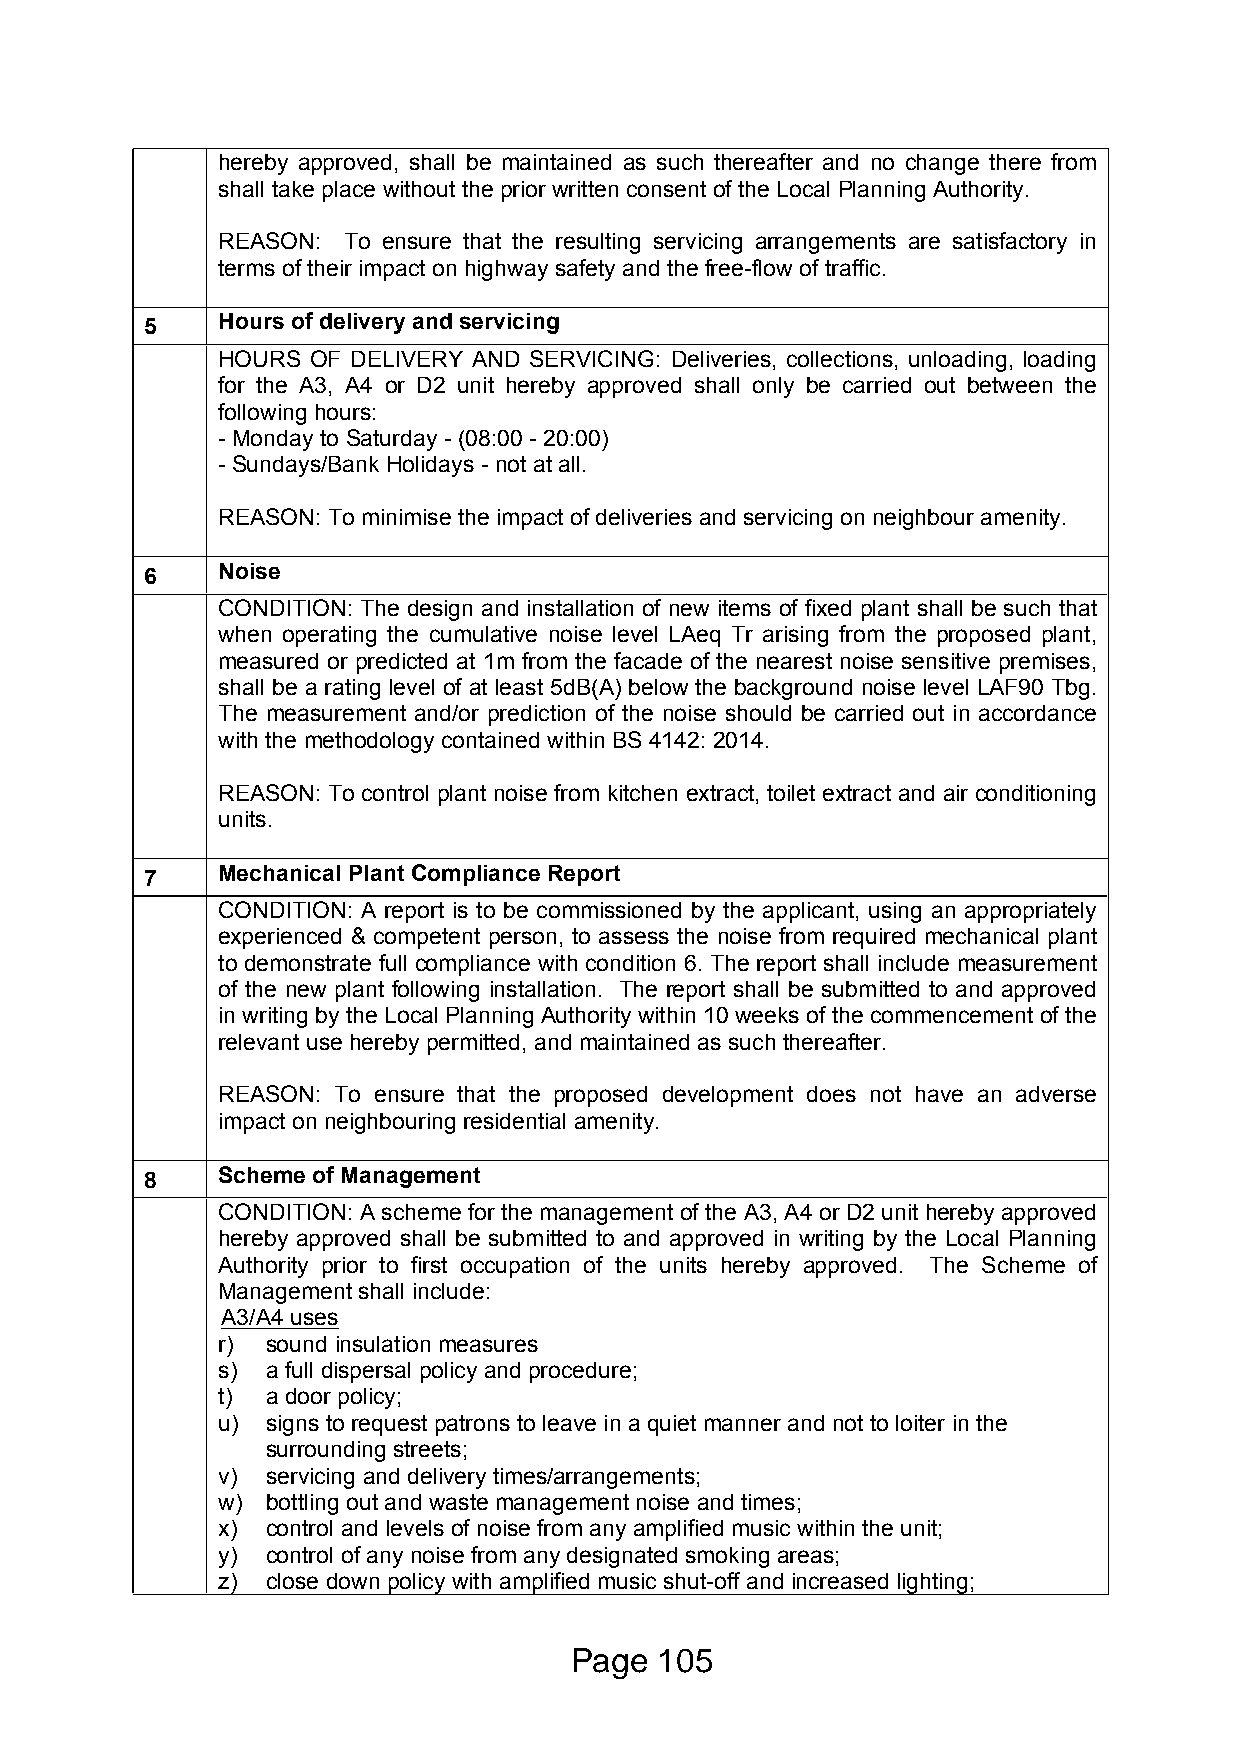
hereby approved, shall be maintained as such thereafter and no change there from
 shall take place without the prior written consent of the Local Planning Authority.
 REASON:  To ensure that the resulting servicing arrangements are satisfactory in
 terms of their impact on highway safety and the free-flow of traffic.
 5   Hours of delivery and servicing
 HOURS OF DELIVERY AND SERVICING: Deliveries, collections, unloading, loading
 for the A3, A4 or D2 unit hereby approved shall only be carried out between the
 following hours:
 - Monday to Saturday - (08:00 - 20:00)
 - Sundays/Bank Holidays - not at all.
 REASON: To minimise the impact of deliveries and servicing on neighbour amenity.
 6   Noise
 CONDITION: The design and installation of new items of fixed plant shall be such that
 when operating the cumulative noise level LAeq Tr arising from the proposed plant,
 measured or predicted at 1m from the facade of the nearest noise sensitive premises,
 shall be a rating level of at least 5dB(A) below the background noise level LAF90 Tbg.
 The measurement and/or prediction of the noise should be carried out in accordance
 with the methodology contained within BS 4142: 2014.
 REASON: To control plant noise from kitchen extract, toilet extract and air conditioning
 units.
 7   Mechanical Plant Compliance Report
 CONDITION: A report is to be commissioned by the applicant, using an appropriately
 experienced & competent person, to assess the noise from required mechanical plant
 to demonstrate full compliance with condition 6. The report shall include measurement
 of the new plant following installation. The report shall be submitted to and approved
 in writing by the Local Planning Authority within 10 weeks of the commencement of the
 relevant use hereby permitted, and maintained as such thereafter.
 REASON: To ensure that the proposed development does not have an adverse
 impact on neighbouring residential amenity.
 8   Scheme of Management
 CONDITION: A scheme for the management of the A3, A4 or D2 unit hereby approved
 hereby approved shall be submitted to and approved in writing by the Local Planning
 Authority prior to first occupation of the units hereby approved. The Scheme of
 Management shall include:
 A3/A4 uses
 r)  sound insulation measures
 s)  a full dispersal policy and procedure;
 t)  a door policy;
 u)  signs to request patrons to leave in a quiet manner and not to loiter in the
 surrounding streets;
 v)  servicing and delivery times/arrangements;
 w)  bottling out and waste management noise and times;
 x)  control and levels of noise from any amplified music within the unit;
 y)  control of any noise from any designated smoking areas;
 z)  close down policy with amplified music shut-off and increased lighting;
 Page  105